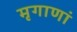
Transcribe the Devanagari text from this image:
मृगाणां